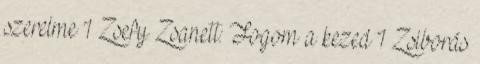
szerelme 1 Zsefy Zsanett: Fogom a kezed 1 Zsiborás